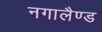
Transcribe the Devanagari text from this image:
नगालैण्ड